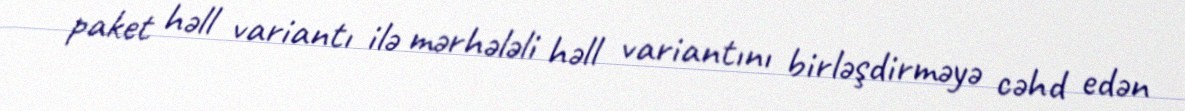
paket həll variantı ilə mərhələli həll variantını birləşdirməyə cəhd edən